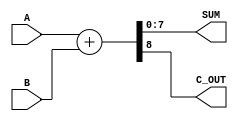
module parameterized_adder #(parameter WIDTH = 8) (
    input  wire [WIDTH-1:0] A,      // Input A
    input  wire [WIDTH-1:0] B,      // Input B
    output wire [WIDTH-1:0] SUM,     // Sum Output
    output wire                C_OUT   // Carry Out
);

// Internal carry signal for overflow detection
wire [WIDTH:0] full_sum;

// Perform the addition operation
assign full_sum = {1'b0, A} + {1'b0, B}; // Extend inputs for carry detection
assign SUM = full_sum[WIDTH-1:0];        // Sum output is the lower WIDTH bits
assign C_OUT = full_sum[WIDTH];          // Carry out is the upper bit

endmodule